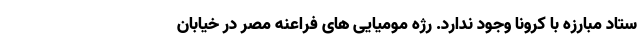
ستاد مبارزه با کرونا وجود ندارد. رژه مومیایی های فراعنه مصر در خیابان